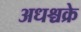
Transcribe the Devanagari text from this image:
अधश्चक्रे